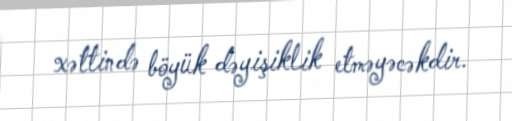
xəttində böyük dəyişiklik etməyəcəkdir.